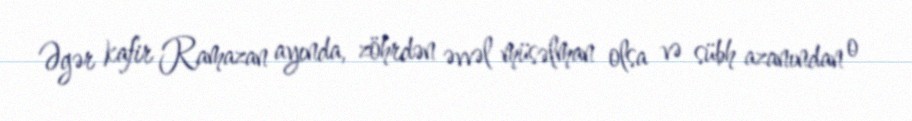
Əgər kafir Ramazan ayında, zöhrdən əvvəl müsəlman olsa və sübh azanından o